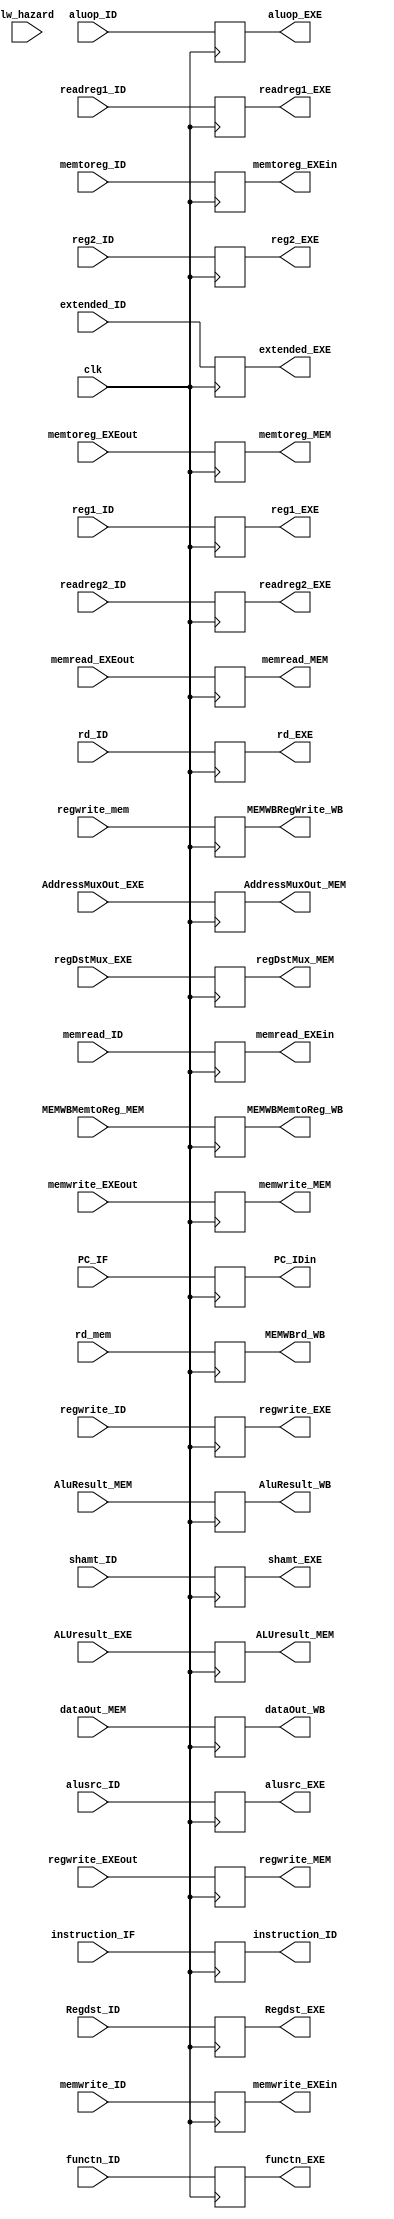
//there are inputs and outputs that dont use the pipeline register and wont be included in this module
//the pipeline register inputs and outputs
module pipeline_register(input clk,//////////////////////////clock
input lw_hazard,
input [0:31] instruction_IF,input [0:31]PC_IF,/////////////////////////outputs of instruction fetch
input Regdst_ID,input alusrc_ID,input memtoreg_ID,input regwrite_ID,input memread_ID,input memwrite_ID,input [1:0] aluop_ID,
input  signed [31:0] reg1_ID,input signed [31:0] reg2_ID,input [4:0] readreg1_ID,
input [4:0] readreg2_ID,
input [4:0] rd_ID,
input [5:0] functn_ID,input  [4:0] shamt_ID,
input wire signed [31:0] extended_ID,//////////////////////////////outputs of instruction decode
input wire memtoreg_EXEout,
input wire memread_EXEout,
input wire memwrite_EXEout,
input wire regwrite_EXEout,
input signed [31:0] ALUresult_EXE,input [4:0] regDstMux_EXE,input signed[31:0] AddressMuxOut_EXE,///////////////////////////outputs of execute stage
input wire signed [31:0] AluResult_MEM, input  [31:0] dataOut_MEM ,input wire [4:0] rd_mem,  
input wire regwrite_mem ,
input wire MEMWBMemtoReg_MEM ,//////////////////////////outputs of memory stage
output reg  [31:0] instruction_ID,output reg [31:0]PC_IDin,//////////////////////////inputs of instruction decode
output reg Regdst_EXE,output reg alusrc_EXE,output reg memtoreg_EXEin,output reg regwrite_EXE,output reg memread_EXEin,output reg memwrite_EXEin,output reg [1:0] aluop_EXE,
output reg signed [31:0] reg1_EXE,output reg signed [31:0] reg2_EXE,output reg [4:0] readreg1_EXE,
output reg [4:0] readreg2_EXE,
output reg [4:0] rd_EXE,
output reg [5:0] functn_EXE,output reg [4:0] shamt_EXE,
output reg signed [31:0] extended_EXE,//////////////////////////////////////////inputs of execution stage
output reg memtoreg_MEM,
output reg memread_MEM,
output reg memwrite_MEM,
output reg regwrite_MEM,
output reg signed [31:0] ALUresult_MEM,output reg [4:0] regDstMux_MEM,output reg signed[31:0] AddressMuxOut_MEM,////////////////////////////////////inputs of memory stage
output reg signed [31:0] AluResult_WB, output reg  [31:0] dataOut_WB ,output reg [4:0] MEMWBrd_WB,  
output reg MEMWBRegWrite_WB ,
output reg MEMWBMemtoReg_WB///////////////////////////////////inputs of write back stage 
);
//the clock cycle will be long so all the inputs of the pipeline register will be ready before the posetive edge of the clock
//and at posetive edge all inputs will be put in outputs
always@ (posedge clk)
begin

instruction_ID<=instruction_IF;//////////////////////////hazard condition (lw_hazard)?0:
PC_IDin<=PC_IF;//////////////////ID stage ended
Regdst_EXE<=Regdst_ID;
alusrc_EXE<=alusrc_ID;
memtoreg_EXEin<=memtoreg_ID;
regwrite_EXE<=regwrite_ID;
memread_EXEin<=memread_ID;
memwrite_EXEin<=memwrite_ID;
aluop_EXE<=aluop_ID;
reg1_EXE<=reg1_ID;
reg2_EXE<=reg2_ID;
readreg1_EXE<=readreg1_ID;
readreg2_EXE<=readreg2_ID;
rd_EXE<=rd_ID;
functn_EXE<=functn_ID;
shamt_EXE<=shamt_ID;
extended_EXE<=extended_ID;////////////////////////exe stage ended
memtoreg_MEM <=memtoreg_EXEout ;
regwrite_MEM<=regwrite_EXEout;
memread_MEM <=memread_EXEout ;
memwrite_MEM <=memwrite_EXEout ;
ALUresult_MEM<=ALUresult_EXE;
regDstMux_MEM<=regDstMux_EXE;
AddressMuxOut_MEM<=AddressMuxOut_EXE;////////////////////mem stage ended
AluResult_WB<=AluResult_MEM;
dataOut_WB<=dataOut_MEM;
MEMWBrd_WB <=rd_mem;
MEMWBRegWrite_WB <=regwrite_mem ;
MEMWBMemtoReg_WB<=MEMWBMemtoReg_MEM ;/////////////////////wb stage ended



end




endmodule